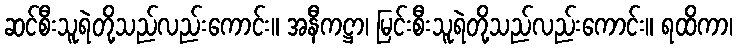
ဆင်စီးသူရဲတို့သည်လည်းကောင်း။ အနီကဋ္ဌာ၊ မြင်းစီးသူရဲတို့သည်လည်းကောင်း။ ရထိကာ၊